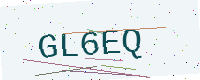
Text: GL6EQ